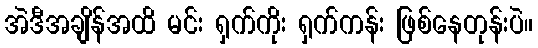
အဲဒီအချိန်အထိ မင်း ရှက်ကိုး ရှက်ကန်း ဖြစ်နေတုန်းပဲ။